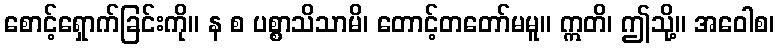
စောင့်ရှောက်ခြင်းကို။ န စ ပစ္စာသိသာမိ၊ တောင့်တတော်မမူ။ ဣတိ၊ ဤသို့။ အဝေါစ၊